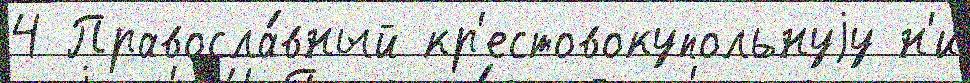
4 Правосла́вный кр'естовокупольнуjу н'и